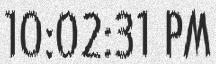
10:02:31 PM